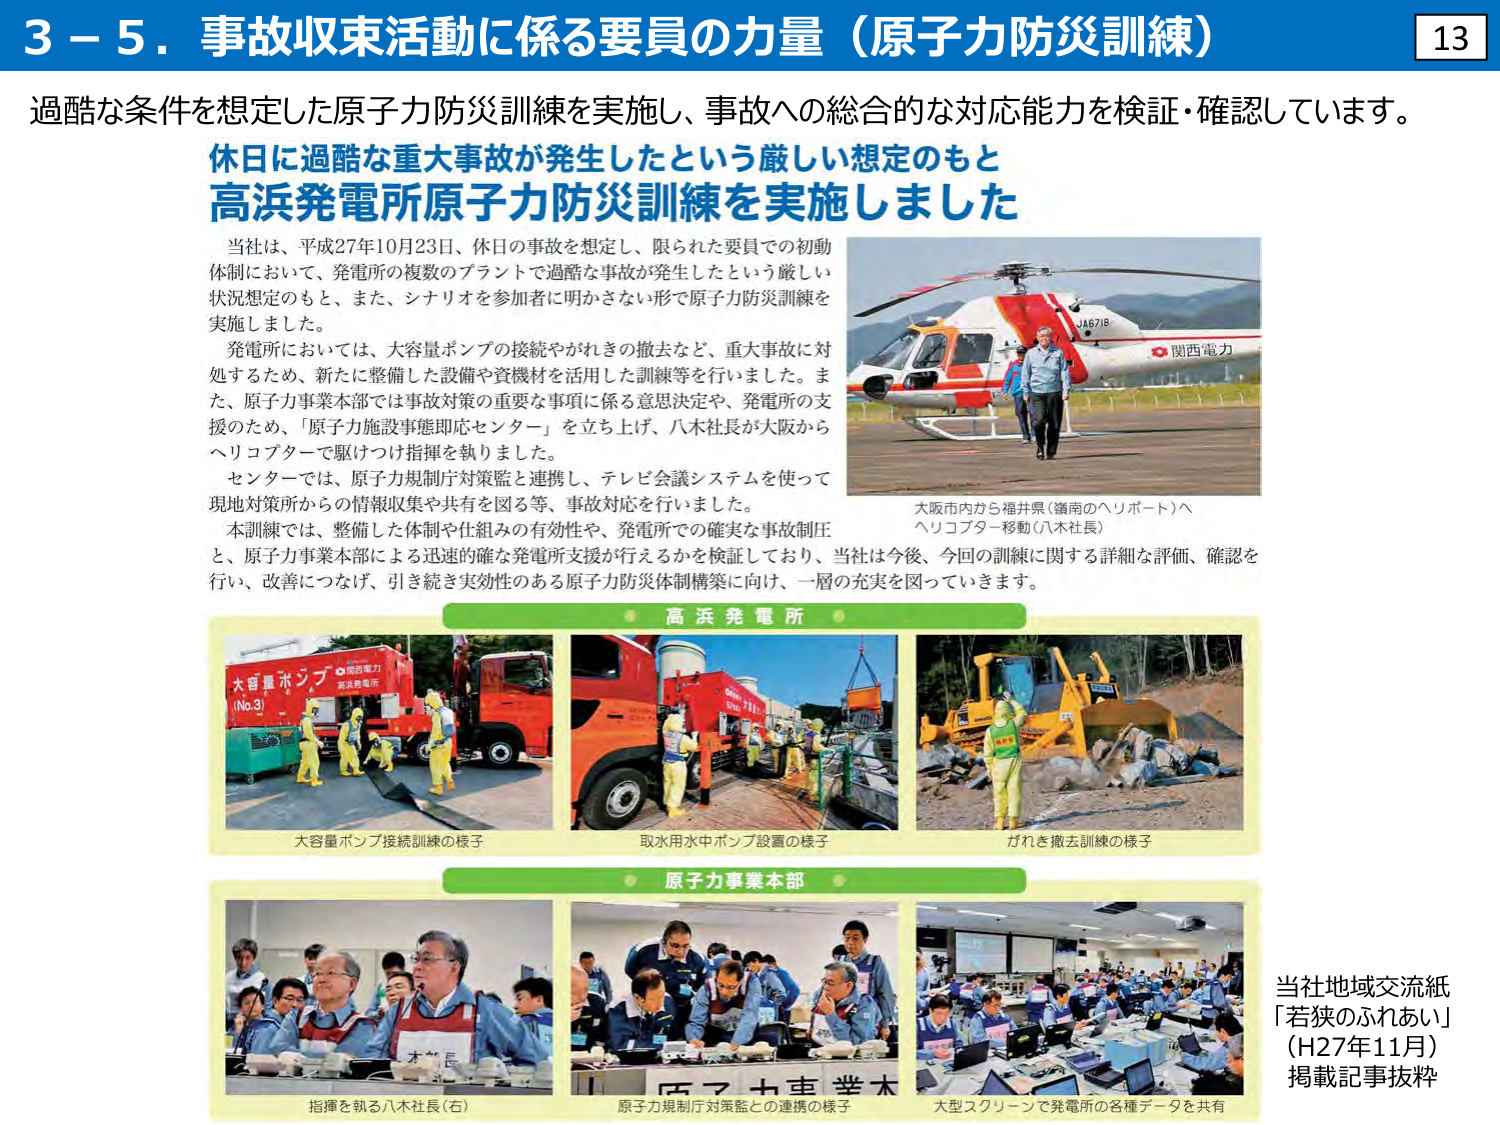
3－5．事故収束活動に係る要員の力量（原子力防災訓練）

過酷な条件を想定した原子力防災訓練を実施し、事故への総合的な対応能力を検証・確認しています。

休日に過酷な重大事故が発生したという厳しい想定のもと
高浜発電所原子力防災訓練を実施しました

当社は、平成27年10月23日、休日の事故を想定し、限られた要員での初動体制において、発電所の複数のプラントで過酷な事故が発生したという厳しい状況想定のもと、また、シナリオを参加者に明かさない形で原子力防災訓練を実施しました。

発電所においては、大容量ポンプの接続やがれきの撤去など、重大事故に対処するため、新たに整備した設備や資機材を活用した訓練等を行いました。また、原子力事業本部では事故対策の重要な事項に係る意思決定や、発電所の支援のため、「原子力施設事態即応センター」を立ち上げ、八木社長が大阪からヘリコプターで駆けつけ指揮を執りました。

センターでは、原子力規制庁対策監と連携し、テレビ会議システムを使って現地対策所からの情報収集や共有を図る等、事故対応を行いました。

本訓練では、整備した体制や仕組みの有効性や、発電所での確実な事故制圧と、原子力事業本部による迅速的確な発電所支援が行えるかを検証しており、当社は今後、今回の訓練に関する詳細な評価、確認を行い、改善につなげ、引き続き実効性のある原子力防災体制構築に向け、一層の充実を図っていきます。

大阪市内から福井県（嶺南のヘリポート）へ
ヘリコプター移動（八木社長）

高浜発電所

大容量ポンプ接続訓練の様子
取水用水中ポンプ設置の様子
がれき撤去訓練の様子

原子力事業本部

指揮を執る八木社長（右）
原子力規制庁対策監との連携の様子
大型スクリーンで発電所の各種データを共有

当社地域交流紙
「若狭のふれあい」
（H27年11月）
掲載記事抜粋

JAG718
関西電力

大容量ポンプ
No.3
関西電力
高浜発電所

八木社長